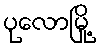
ပုလောမြို့